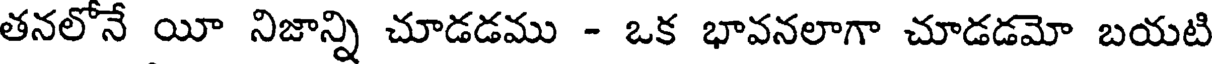
తనలోనే యీ నిజాన్ని చూడడము - ఒక భావనలాగా చూడడమో బయటి